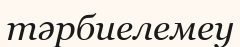
тәрбиелемеу